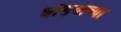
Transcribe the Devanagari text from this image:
धोंडयाच्या